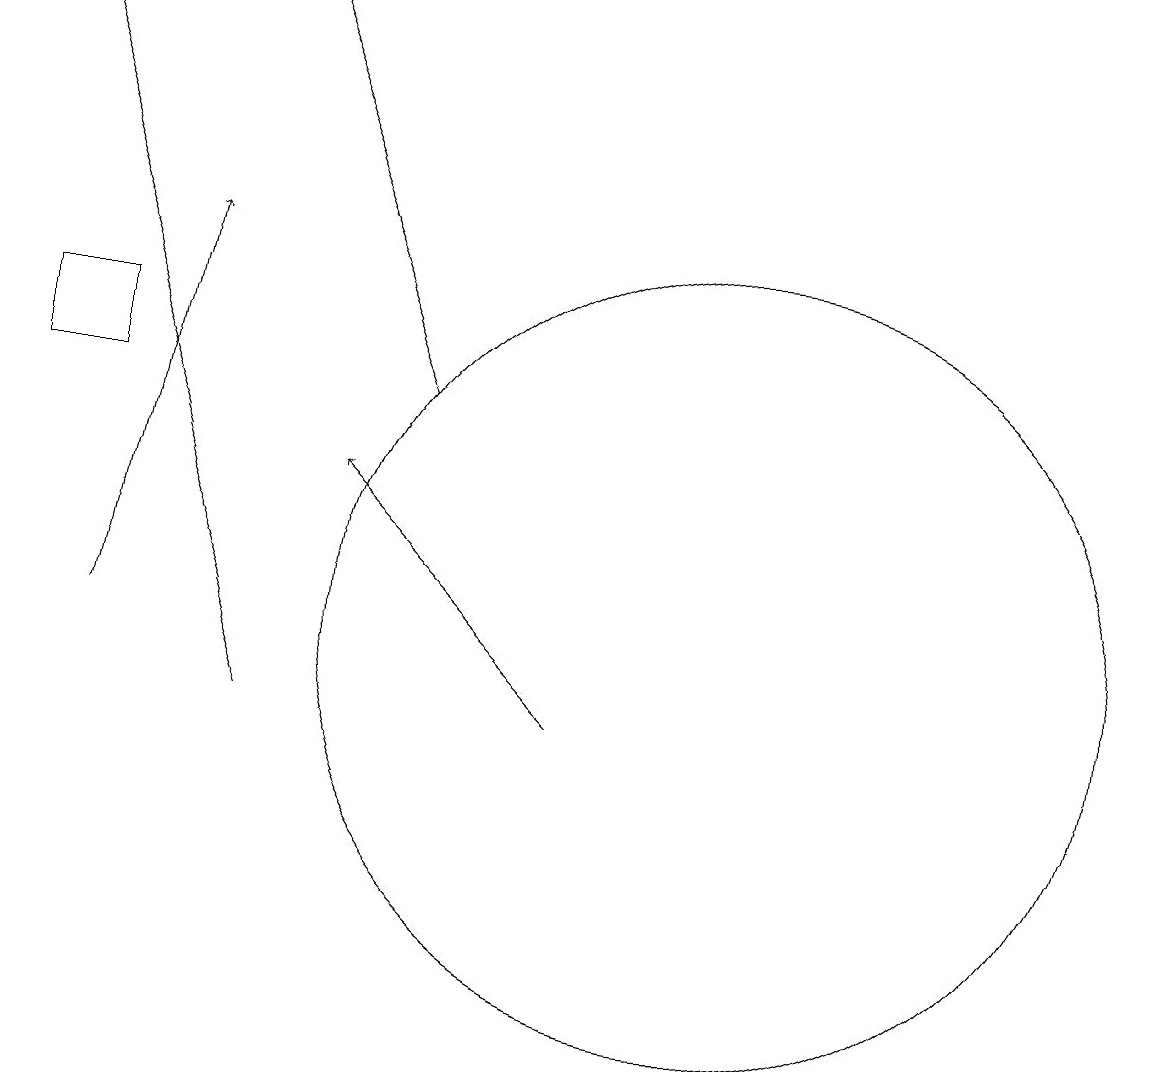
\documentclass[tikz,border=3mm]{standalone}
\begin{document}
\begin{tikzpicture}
\draw (11,11) circle (5);
\draw[->] (5,10) -- (2,19);
\draw[->] (7,14) -- (5,19);
\draw (3,14) rectangle (2,15);
\draw[->] (3,11) -- (4,16);
\draw[->] (9,10) -- (6,13);
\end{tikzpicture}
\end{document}